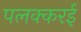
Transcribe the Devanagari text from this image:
पलक्करई